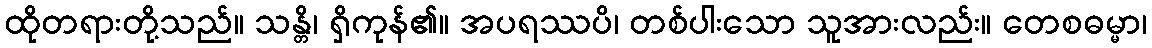
ထိုတရားတို့သည်။ သန္တိ၊ ရှိကုန်၏။ အပရဿပိ၊ တစ်ပါးသော သူအားလည်း။ တေစဓမ္မာ၊